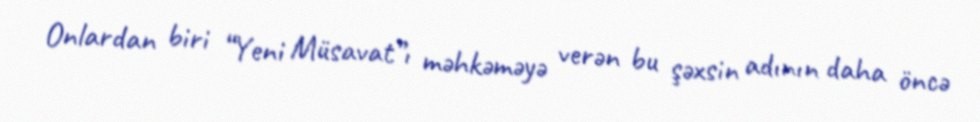
Onlardan biri “Yeni Müsavat”ı məhkəməyə verən bu şəxsin adının daha öncə